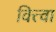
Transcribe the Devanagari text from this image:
वित्त्वा